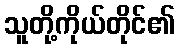
သူတို့ကိုယ်တိုင်၏